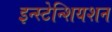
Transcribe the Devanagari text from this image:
इन्स्टेन्शियशन